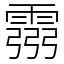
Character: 霛